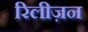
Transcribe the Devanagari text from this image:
रिलीज़न